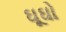
ઘૂઘો